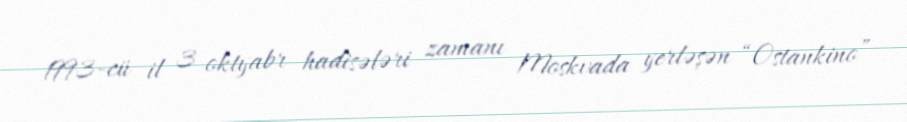
1993-cü il 3 oktyabr hadisələri zamanı Moskvada yerləşən “Ostankino”